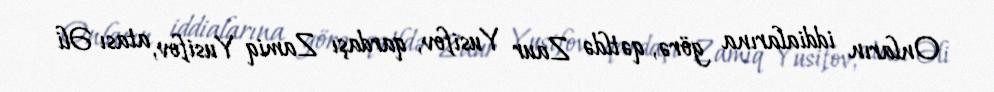
Onların iddialarına görə, qətldə Zaur Yusifov, qardaşı Zamiq Yusifov, atası Əli